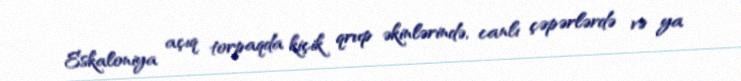
Eskaloniya açıq torpaqda kiçik qrup əkinlərində, canlı çəpərlərdə və ya